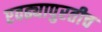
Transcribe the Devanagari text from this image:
एवढ्यापुरतीच